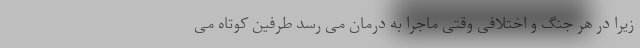
زیرا در هر جنگ و اختلافی وقتی ماجرا به درمان می رسد طرفین کوتاه می